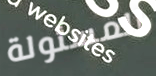
المسئولة